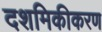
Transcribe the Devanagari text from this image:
दशमिकीकरण